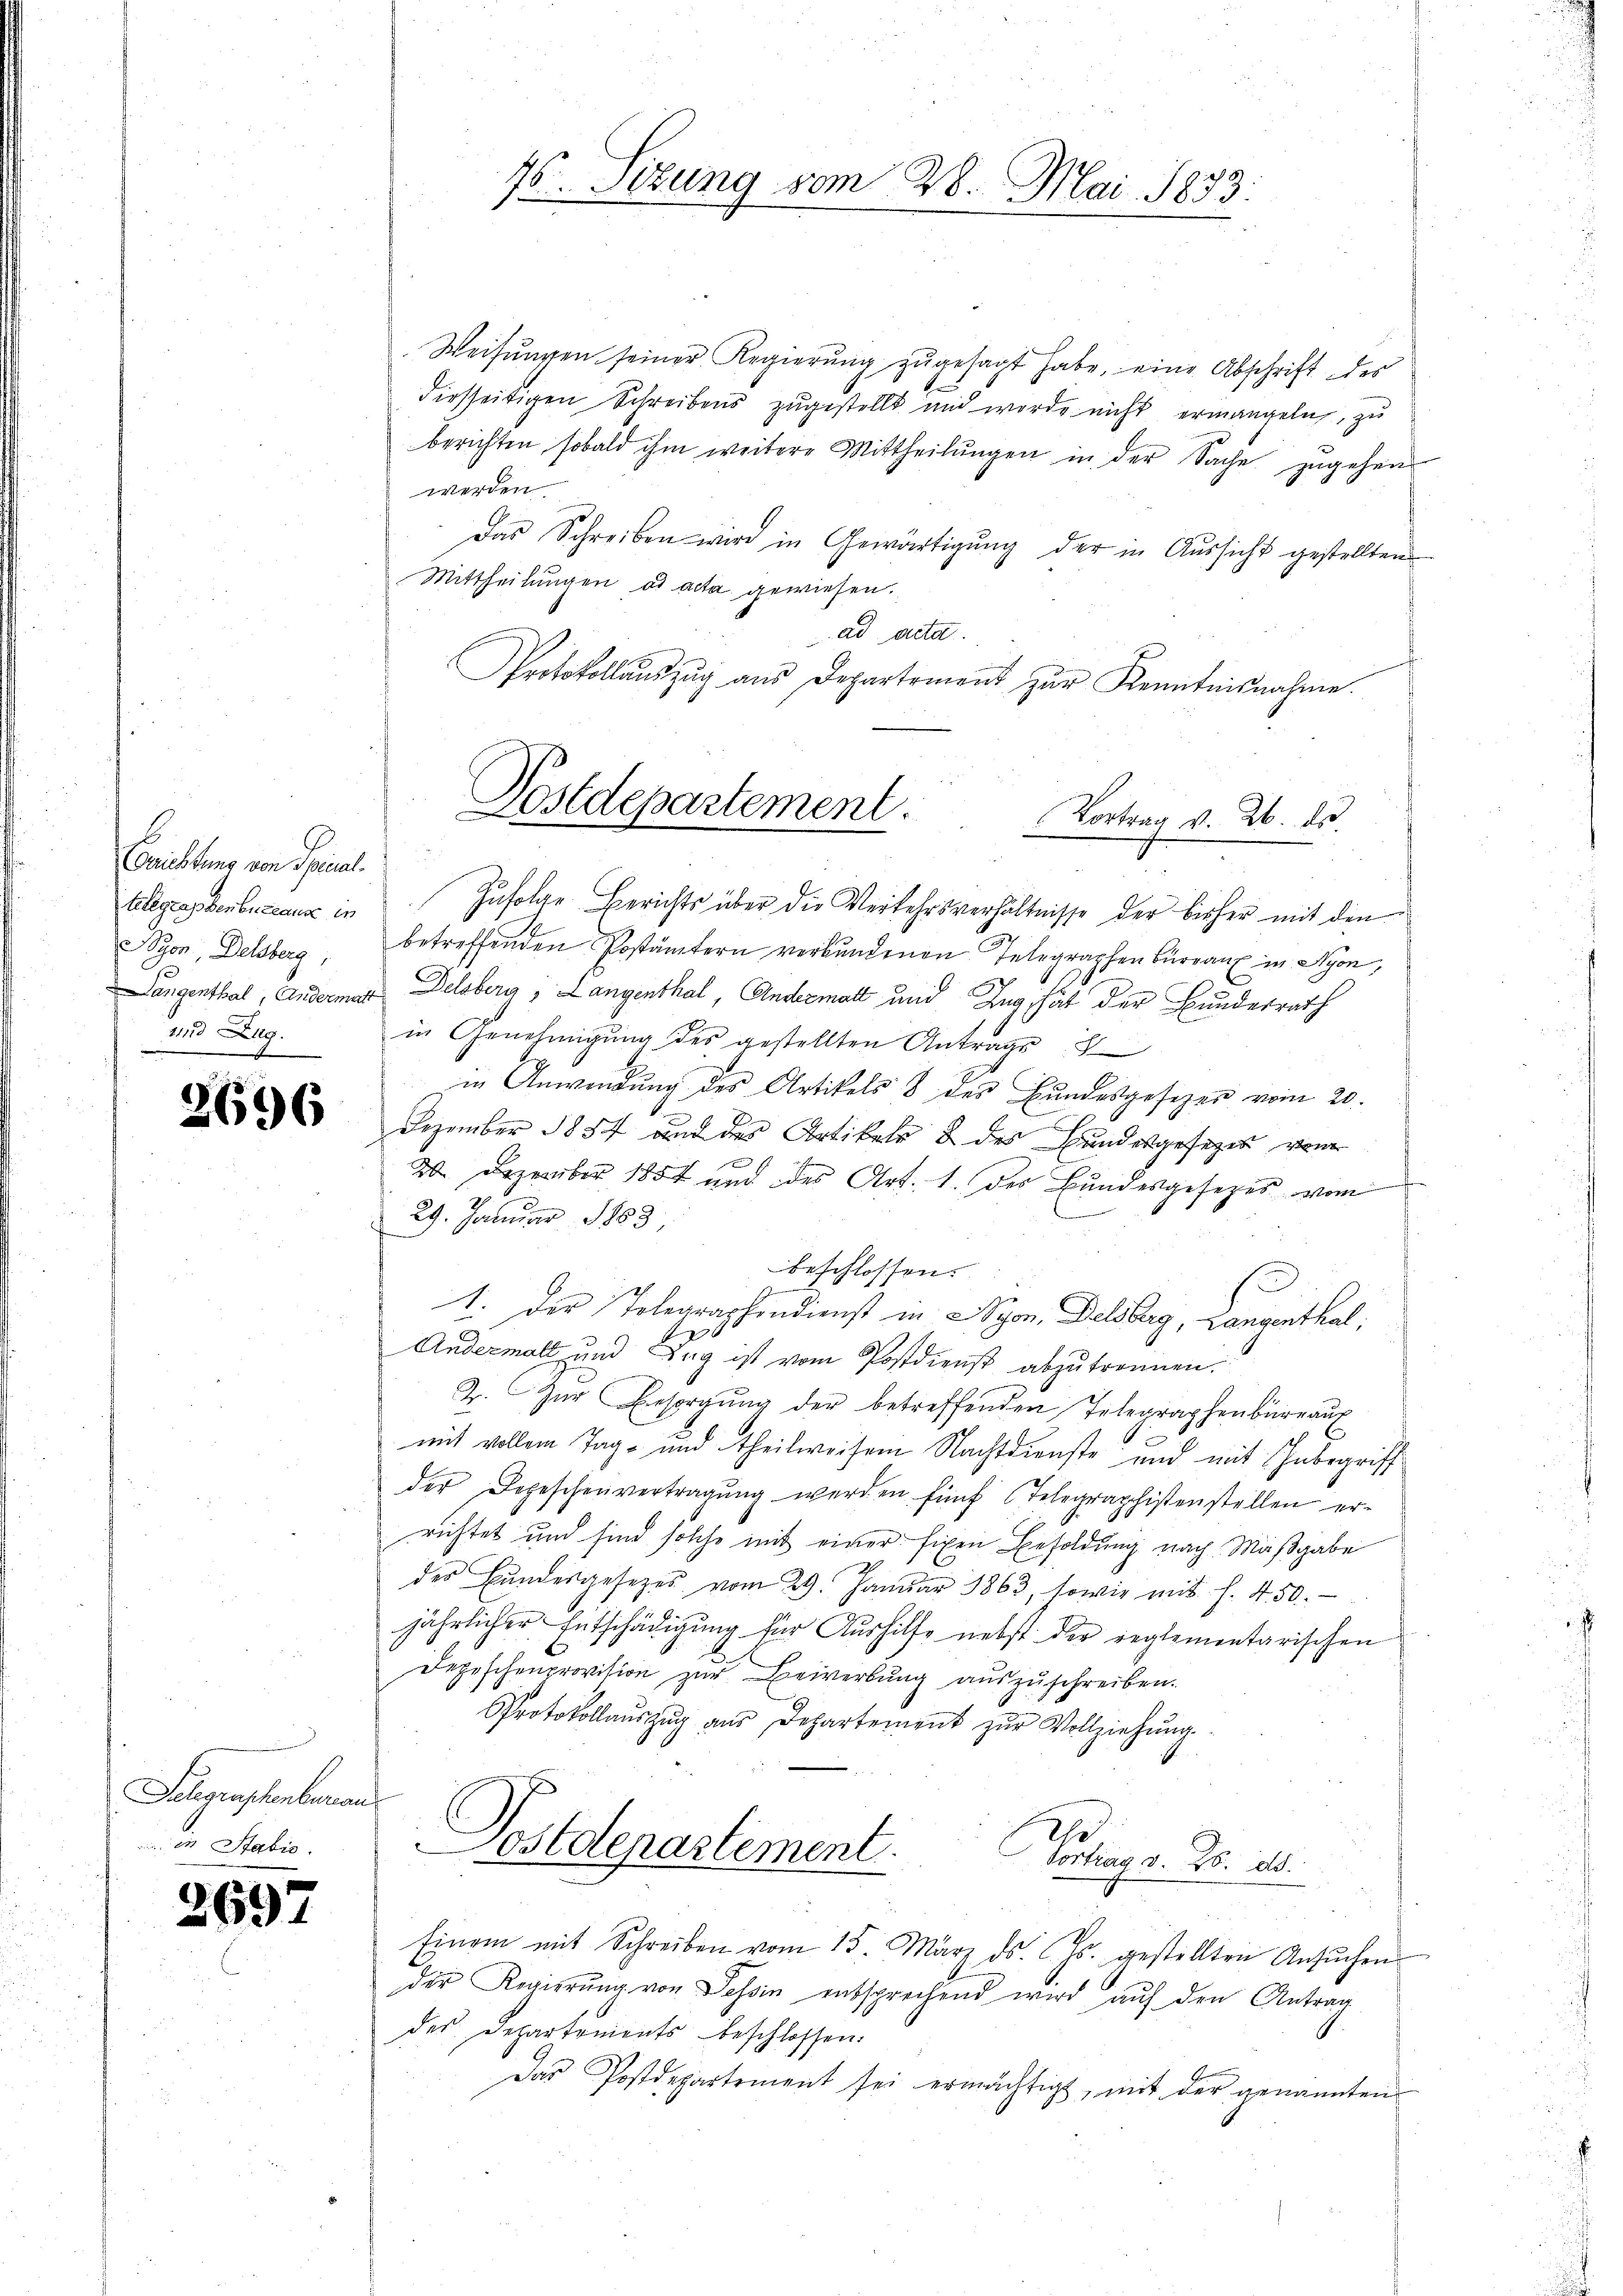
Erichtung von Trical
telegraphenbureaux in
yon, Delsberg,
s
nnd Zug.

2696

Telegraphenbera
23 Stabio.

d

697

Weisungen seiner Regierung zugesagt habe, eine Abschrift des
diesseitigen Schreibens zugestellt und werde nicht ermangeln, zu
berichten, sobald ihm weitere Mittheilungen in der Sache zugehen
werden.
Das Schreiben wird in Gewärtigŭng der in Aussicht gestellten
Mittheilungen ad acta gewiesen.
ad acta.
Protokollaŭszŭg aŭs Departement zŭr Kenntnisnahme.
Langenthal, Andermar Delsberg, Langenthal, Andermatt und Zug hat der Bundesrath
in Genehmigung des gestellten Antrags
in Anwendung des Artikels 8 des Bundesgesezen vom 20.
Dezember 1884 auf des Artikeln & des Bundesgesezes von
20 Dezember 1854 und des Art. 1. des Bundesgesezes vom
29. Januar 1883
beschlossen:
Scheinen
1. Der Telegraphendienst in Nyon, Delsberg, Langenthal,
Andermalt und Tag ist vom Postdienst abzŭtrennen.
2. Zur Besorgŭng der betreffenden Telegraphenbüreaus
mit vollem Tage und theilweisen Nachtdienste und mit Inbegriff
der Depeschenvertragŭng werden fünf Telegraphistenstellen er-
richtet und sind solche mit einer fixen Besoldung nach Maßgabe
des Bŭndesgesetzes vom 29. Janŭar 1863, sowie mit f. 450.
jährlicher Entschädigung für Aushilfe nebst der reglementarischen
Depeschenprovision zur Bewerbung auszuschreiben.
Protokollaŭszŭg aŭs Departement zŭr Vollziehŭng.
Ihr
Postdepartement.
Vortrag v. 26. ds.

46. Sizung vom 28. Mai 1833.

Postdepartement.
Vortrag v. 26. ds.

Zufolge Berichts über die Verkehrsverhältnisse der bisher mit den
betreffenden Postämtern verbundenen Telegraphen Burgau in Nyon,

Einem mit Schreiben vom 15. März d. Js. gestellten Ansŭchen
der Regierŭng von Tessin entsprechend wird aŭf den Antrag
.
des Departements beschlossen:
Das Postdepartement sei ermächtigt, mit der genannten